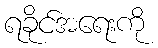
ရခိုင်အရေးကို